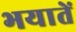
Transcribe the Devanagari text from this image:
भयातें